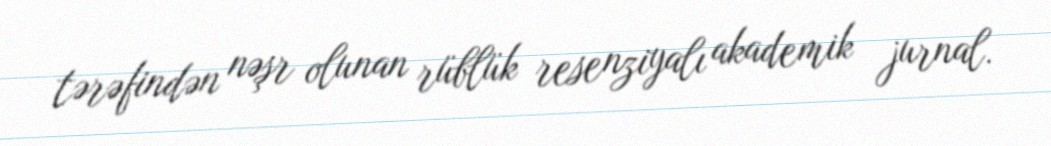
tərəfindən nəşr olunan rüblük resenziyalı akademik jurnal.